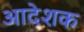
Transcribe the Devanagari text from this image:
आदेशक